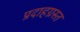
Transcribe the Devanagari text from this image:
प्रदाहग्रस्त